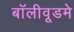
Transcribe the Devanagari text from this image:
बॉलीवूडमे